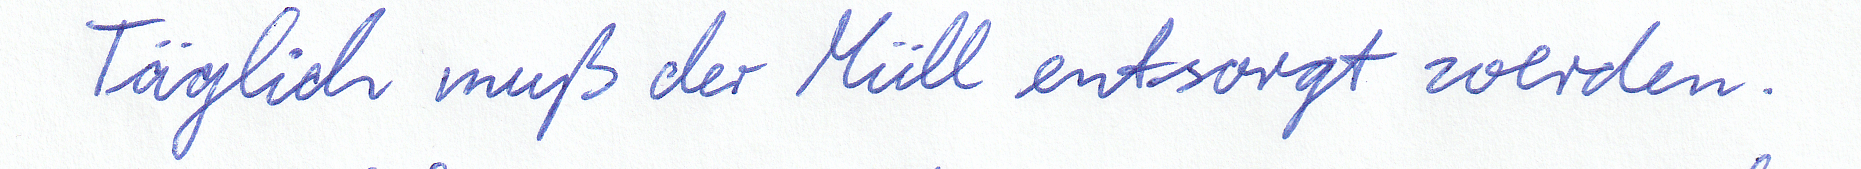
Täglich muß der Müll entsorgt werden.